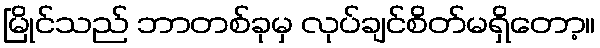
မြိုင်သည် ဘာတစ်ခုမှ လုပ်ချင်စိတ်မရှိတော့။